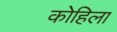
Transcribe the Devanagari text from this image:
कोहिला